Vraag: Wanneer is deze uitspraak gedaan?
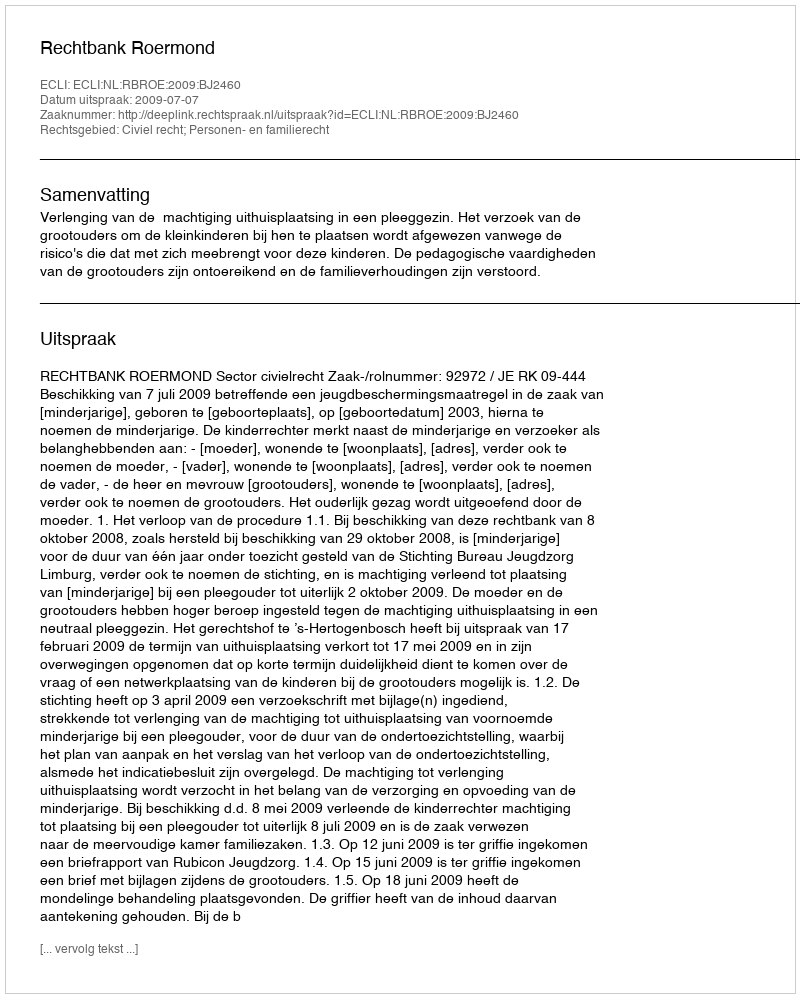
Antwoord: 2009-07-07